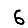
Digit: 6